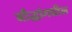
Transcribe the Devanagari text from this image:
बौद्धांमधील